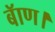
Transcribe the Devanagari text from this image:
बॅाण।